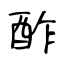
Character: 酢